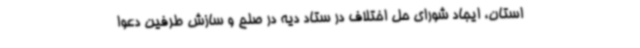
استان، ایجاد شورای حل اختلاف در ستاد دیه در صلح و سازش طرفین دعوا